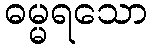
ဓမ္မရသော